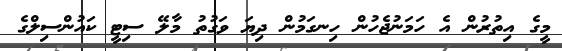
މީގެ އިތުރުން އެ ހަމަނުޖެހުން ހިނގަމުން ދިޔަ ވަގުތު މާލޭ ސިޓީ ކައުންސިލްގެ